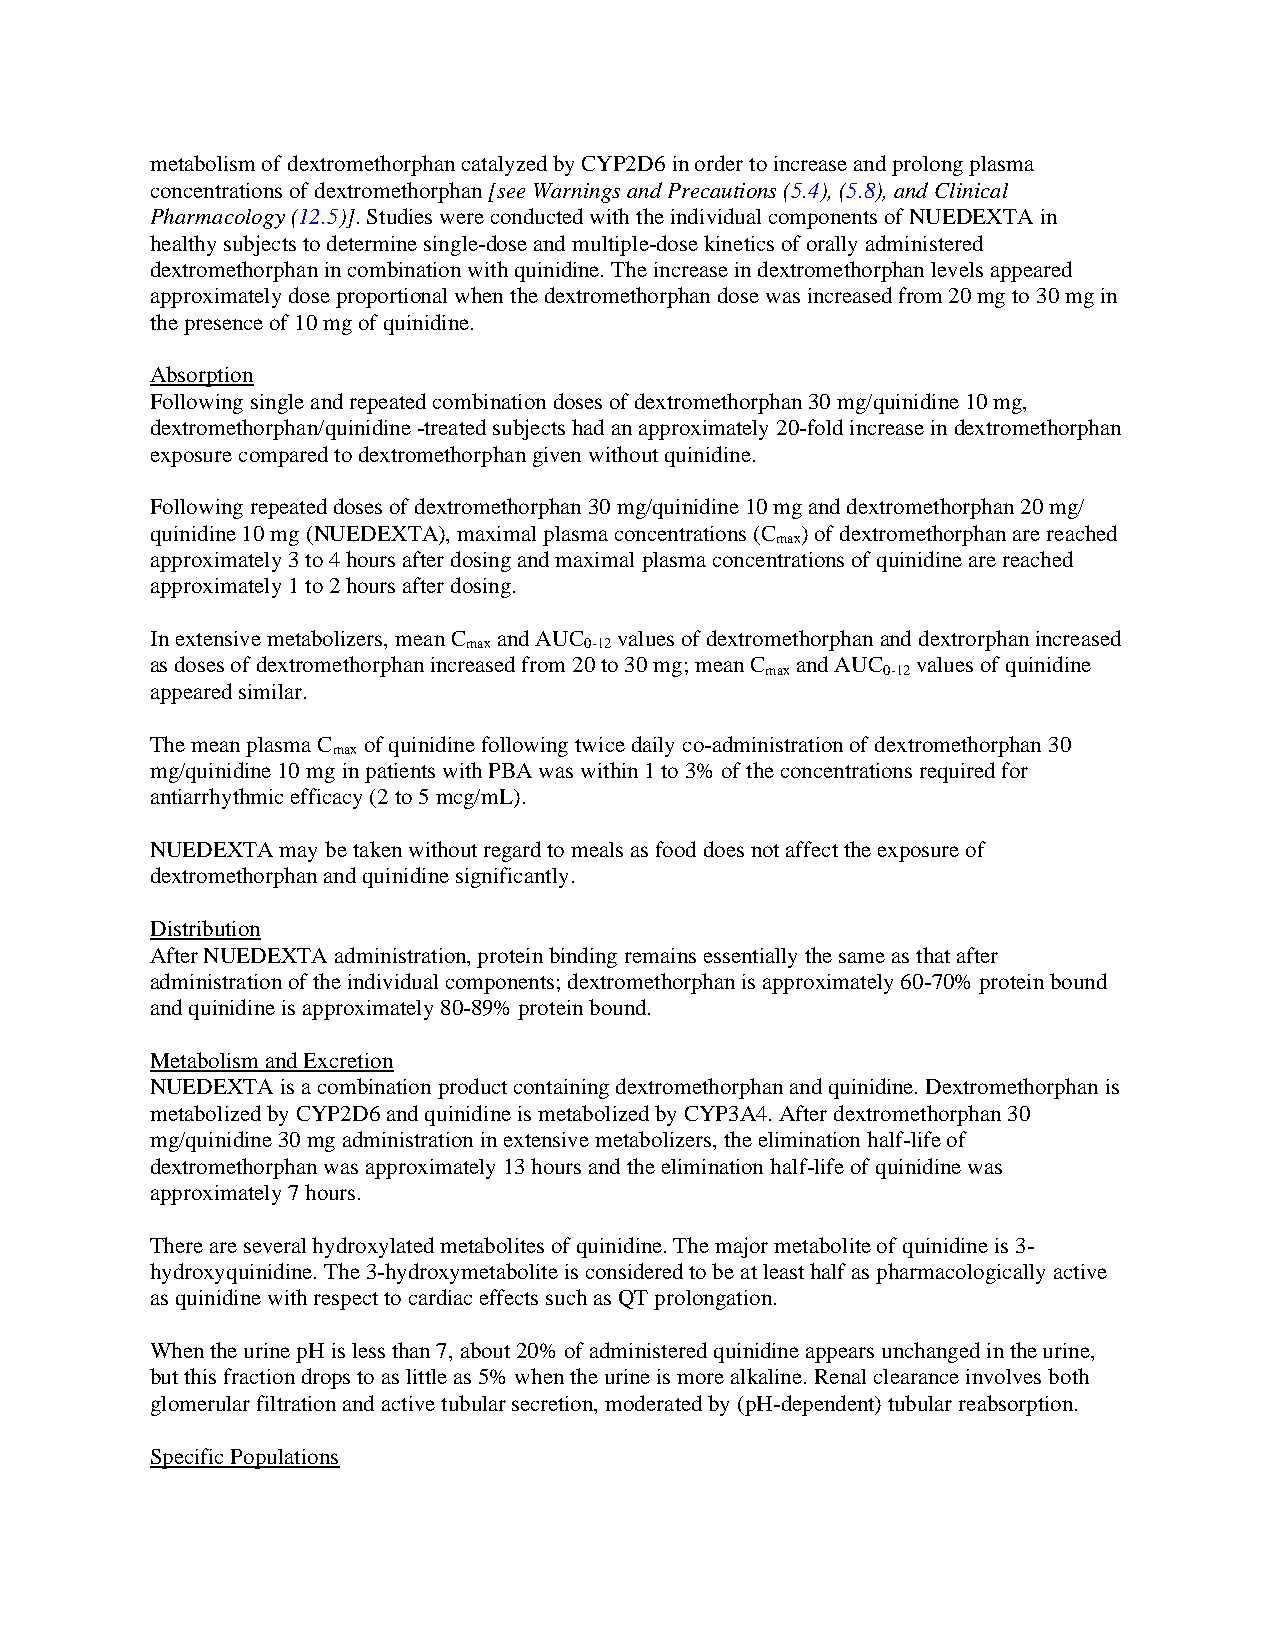
metabolism of dextromethorphan catalyzed by CYP2D6 in order to increase and prolong plasma
 concentrations of dextromethorphan [see Warnings and Precautions (5.4), (5.8), and Clinical
 Pharmacology (12.5)]. Studies were conducted with the individual components of NUEDEXTA in
 healthy subjects to determine single-dose and multiple-dose kinetics of orally administered
 dextromethorphan in combination with quinidine. The increase in dextromethorphan levels appeared
 approximately dose proportional when the dextromethorphan dose was increased from 20 mg to 30 mg in
 the presence of 10 mg of quinidine.
 Absorption
 Following single and repeated combination doses of dextromethorphan 30 mg/quinidine 10 mg,
 dextromethorphan/quinidine -treated subjects had an approximately 20-fold increase in dextromethorphan
 exposure compared to dextromethorphan given without quinidine.
 Following repeated doses of dextromethorphan 30 mg/quinidine 10 mg and dextromethorphan 20 mg/
 quinidine 10 mg (NUEDEXTA), maximal plasma concentrations (C ) of dextromethorphan are reached
 max
 approximately 3 to 4 hours after dosing and maximal plasma concentrations of quinidine are reached
 approximately 1 to 2 hours after dosing.
 In extensive metabolizers, mean C and AUC values of dextromethorphan and dextrorphan increased
 max     0-12
 as doses of dextromethorphan increased from 20 to 30 mg; mean C and AUC values of quinidine
 max    0-12
 appeared similar.
 The mean plasma C of quinidine following twice daily co-administration of dextromethorphan 30
 max
 mg/quinidine 10 mg in patients with PBA was within 1 to 3% of the concentrations required for
 antiarrhythmic efficacy (2 to 5 mcg/mL).
 NUEDEXTA may be taken without regard to meals as food does not affect the exposure of
 dextromethorphan and quinidine significantly.
 Distribution
 After NUEDEXTA administration, protein binding remains essentially the same as that after
 administration of the individual components; dextromethorphan is approximately 60-70% protein bound
 and quinidine is approximately 80-89% protein bound.
 Metabolism and Excretion
 NUEDEXTA is a combination product containing dextromethorphan and quinidine. Dextromethorphan is
 metabolized by CYP2D6 and quinidine is metabolized by CYP3A4. After dextromethorphan 30
 mg/quinidine 30 mg administration in extensive metabolizers, the elimination half-life of
 dextromethorphan was approximately 13 hours and the elimination half-life of quinidine was
 approximately 7 hours.
 There are several hydroxylated metabolites of quinidine. The major metabolite of quinidine is 3-
 hydroxyquinidine. The 3-hydroxymetabolite is considered to be at least half as pharmacologically active
 as quinidine with respect to cardiac effects such as QT prolongation.
 When the urine pH is less than 7, about 20% of administered quinidine appears unchanged in the urine,
 but this fraction drops to as little as 5% when the urine is more alkaline. Renal clearance involves both
 glomerular filtration and active tubular secretion, moderated by (pH-dependent) tubular reabsorption.
 Specific Populations